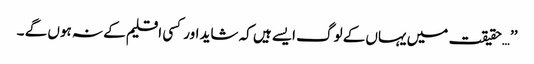
’’…حقیقت میں یہاں کے لوگ ایسے ہیں کہ شاید اور کسی اقلیم کے نہ ہوں گے ۔